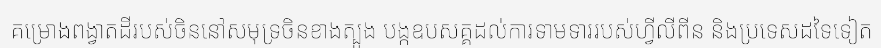
គម្រោងពង្វាតដីរបស់ចិននៅសមុទ្រចិនខាងត្បូង បង្កឧបសគ្គដល់ការទាមទាររបស់ហ្វីលីពីន និងប្រទេសដទៃទៀត